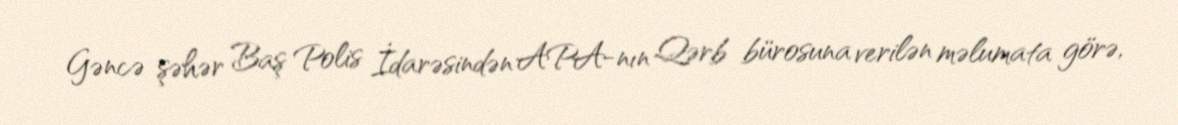
Gəncə şəhər Baş Polis İdarəsindən APA-nın Qərb bürosuna verilən məlumata görə,